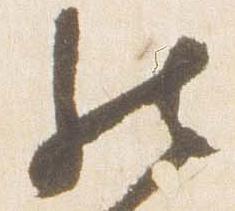
然